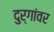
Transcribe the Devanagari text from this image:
दुर्गांवर